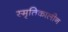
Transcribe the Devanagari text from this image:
स्मृतिकालीन